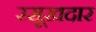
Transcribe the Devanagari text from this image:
रसूख़दार